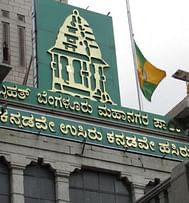
Language: kannada
Transcription: ಉಸಿರು